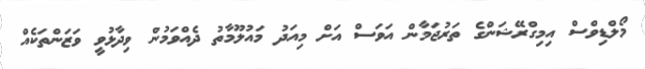
މޯލްޑިވްސް އިމިގްރޭޝަންގެ ތަރުޖަމާން އަވަސް އަށް މިއަދު މައުލޫމާތު ދެއްވަމުން ވިދާޅުވީ ވަޒަންތަކެއް